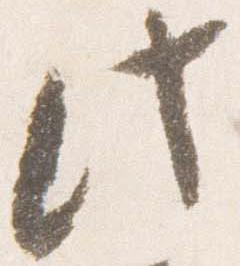
此